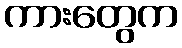
ကားတွေက